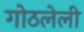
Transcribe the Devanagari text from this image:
गोठलेली